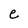
Character: e